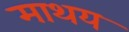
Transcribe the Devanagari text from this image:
माथय